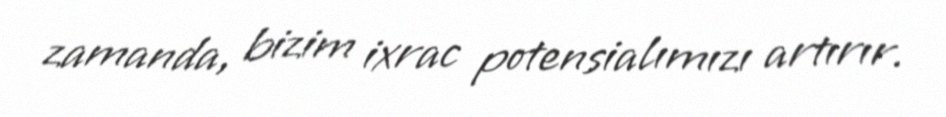
zamanda, bizim ixrac potensialımızı artırır.